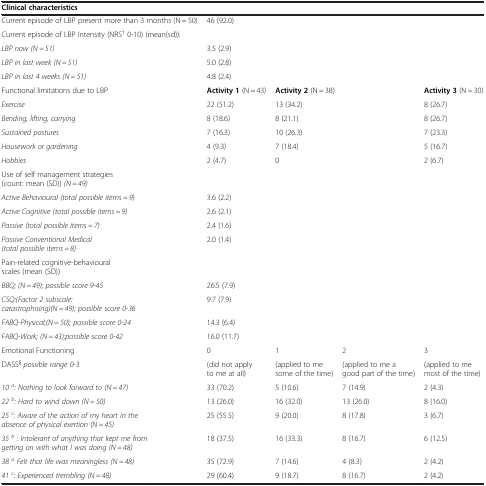
<table><thead><tr><td><b>Clinical characteristics</b></td><td colspan="4"><b> </b></td></tr></thead><tbody><tr><td>Current episode of LBP present more than 3 months (N = 50)</td><td colspan="4">46 (92.0)</td></tr><tr><td>Current episode of LBP Intensity (NRS<sup>†</sup> 0-10) (mean(sd)):</td><td colspan="4"> </td></tr><tr><td><i>LBP now (N = 51)</i></td><td colspan="4">3.5 (2.9)</td></tr><tr><td><i>LBP in last week (N = 51)</i></td><td colspan="4">5.0 (2.8)</td></tr><tr><td><i>LBP in last 4 weeks (N = 51)</i></td><td colspan="4">4.8 (2.4)</td></tr><tr><td>Functional limitations due to LBP</td><td><b>Activity 1</b> (N = 43)</td><td colspan="2"><b>Activity 2</b> (N = 38)</td><td><b>Activity 3</b> (N = 30)</td></tr><tr><td><i>Exercise</i></td><td>22 (51.2)</td><td colspan="2">13 (34.2)</td><td>8 (26.7)</td></tr><tr><td><i>Bending, lifting, carrying</i></td><td>8 (18.6)</td><td colspan="2">8 (21.1)</td><td>8 (26.7)</td></tr><tr><td><i>Sustained postures</i></td><td>7 (16.3)</td><td colspan="2">10 (26.3)</td><td>7 (23.3)</td></tr><tr><td><i>Housework or gardening</i></td><td>4 (9.3)</td><td colspan="2">7 (18.4)</td><td>5 (16.7)</td></tr><tr><td><i>Hobbies</i></td><td>2 (4.7)</td><td colspan="2">0</td><td>2 (6.7)</td></tr><tr><td>Use of self management strategies (count: mean (SD)) <i>(N = 49)</i></td><td colspan="4"> </td></tr><tr><td><i>Active Behavioural (total possible items = 9)</i></td><td colspan="4">3.6 (2.2)</td></tr><tr><td><i>Active Cognitive (total possible items = 9)</i></td><td colspan="4">2.6 (2.1)</td></tr><tr><td><i>Passive (total possible items = 7)</i></td><td colspan="4">2.4 (1.6)</td></tr><tr><td><i>Passive Conventional Medical (total possible items = 8)</i></td><td colspan="4">2.0 (1.4)</td></tr><tr><td>Pain-related cognitive-behavioural scales (mean (SD))</td><td colspan="4"> </td></tr><tr><td><i>BBQ; (N = 49); possible score 9-45</i></td><td colspan="4">26.5 (7.9)</td></tr><tr><td><i>CSQ:(Factor 2 subscale: catastrophising)(N = 49); possible score 0-36</i></td><td colspan="4">9.7 (7.9)</td></tr><tr><td><i>FABQ-Physical;(N = 50); possible score 0-24</i></td><td colspan="4">14.3 (6.4)</td></tr><tr><td><i>FABQ-Work; (N = 43);possible score 0-42</i></td><td colspan="4">16.0 (11.7)</td></tr><tr><td>Emotional Functioning</td><td>0</td><td>1</td><td>2</td><td>3</td></tr><tr><td>DASS<sup><b>§</b></sup><i>possible range 0-3</i></td><td>(did not apply to me at all)</td><td>(applied to me some of the time)</td><td>(applied to me a good part of the time)</td><td>(applied to me most of the time)</td></tr><tr><td><i>10</i><sup><i>a</i></sup><i>: Nothing to look forward to (N = 47)</i></td><td>33 (70.2)</td><td>5 (10.6)</td><td>7 (14.9)</td><td>2 (4.3)</td></tr><tr><td><i>22</i><sup><i>b</i></sup><i>: Hard to wind down (N = 50)</i></td><td>13 (26.0)</td><td>16 (32.0)</td><td>13 (26.0)</td><td>8 (16.0)</td></tr><tr><td><i>25</i><sup><i>c</i></sup><i>: Aware of the action of my heart in the absence of physical exertion (N = 45)</i></td><td>25 (55.5)</td><td>9 (20.0)</td><td>8 (17.8)</td><td>3 (6.7)</td></tr><tr><td><i>35</i><sup><i>b</i></sup><i>: Intolerant of anything that kept me from getting on with what I was doing (N = 48)</i></td><td>18 (37.5)</td><td>16 (33.3)</td><td>8 (16.7)</td><td>6 (12.5)</td></tr><tr><td><i>38</i><sup><i>a</i></sup><i>Felt that life was meaningless (N = 48)</i></td><td>35 (72.9)</td><td>7 (14.6)</td><td>4 (8.3)</td><td>2 (4.2)</td></tr><tr><td><i>41</i><sup><i>c</i></sup><i>: Experienced trembling (N = 48)</i></td><td>29 (60.4)</td><td>9 (18.7)</td><td>8 (16.7)</td><td>2 (4.2)</td></tr></tbody></table>